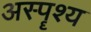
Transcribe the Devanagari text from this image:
अस्पॄश्य